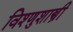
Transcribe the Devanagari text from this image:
विश्णुशास्त्री